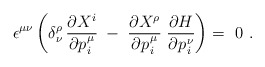
\begin{align*} \epsilon^{\mu\nu} \left( \delta_\nu^\rho \, \frac{\partial X^i}{\partial p\>\!_i^\mu} \; - \; \frac{\partial X^\rho}{\partial p\>\!_i^\mu} \; \frac{\partial H}{\partial p\>\!_i^\nu} \right) =~0~. \end{align*}